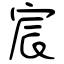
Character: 宸